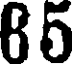
85